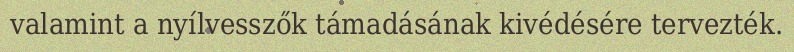
valamint a nyílvesszők támadásának kivédésére tervezték.